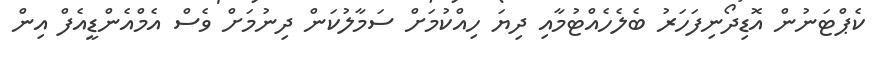
ކެޕްޓަނުން އޮޑިދޯނިފަހަރު ބެލެހެއްޓުމާއި ދިޔަ ހިއްކުމަށް ސަމާލުކަން ދިނުމަށް ވެސް އެމްއެންޑީއެފް އިން